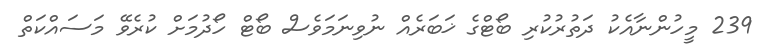
239 މީހުންނާއެކު ދަތުރުކުރި ބޯޓްގެ ޚަބަރެއް ނުވިނަމަވެސް ބޯޓް ހޯދުމަށް ކުރެވޭ މަސައްކަތް